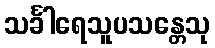
သင်္ခါရေသူပသန္တေသု